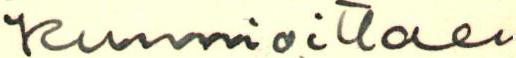
Kunnioittaen